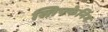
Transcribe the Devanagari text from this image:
स्तिफ्फेनिंग